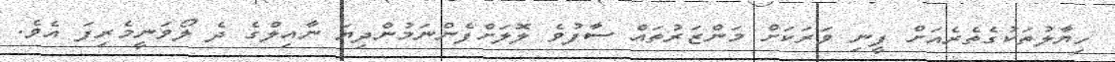
ހިޔާލުތަކުގެތެރެއަށް ފީނި ވަރަކަށް މަންޒަރުތައް ސާފުވެ ލޮލަށްފެންނަމުންދިޔަ ނާއިލްގެ ދެ ލޯވަނީމެރިފަ އެވެ.